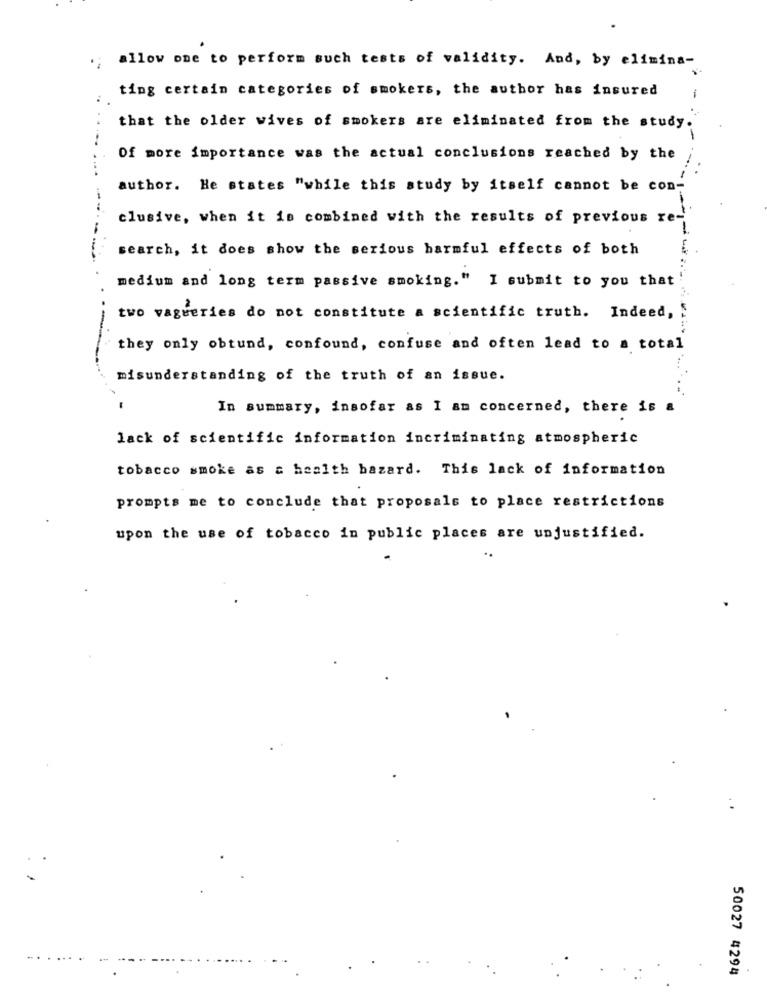
allow one to perform such tests of validity. And, by elimina-
ting certain categories of smokers, the author has insured
1
that the older wives of smokers are eliminated from the study.
Of more importance was the actual conclusions reached by the
author. He states "while this study by itself cannot be con-
clusive, when it is combined with the results of previous re-
search, it does show the serious harmful effects of both
--
medium and long term passive smoking." I submit to you that
two vagneries do not constitute a scientific truth. Indeed,
they only obtund, confound, confuse and often lead to a total
misunderstanding of the truth of an issue.
In summary, insofar as I am concerned, there is a
lack of scientific information incriminating atmospheric
tobacco smoke as a health bazard. This lack of information
prompts me to conclude that proposals to place restrictions
upon the use of tobacco in public places are unjustified.
50027 4294